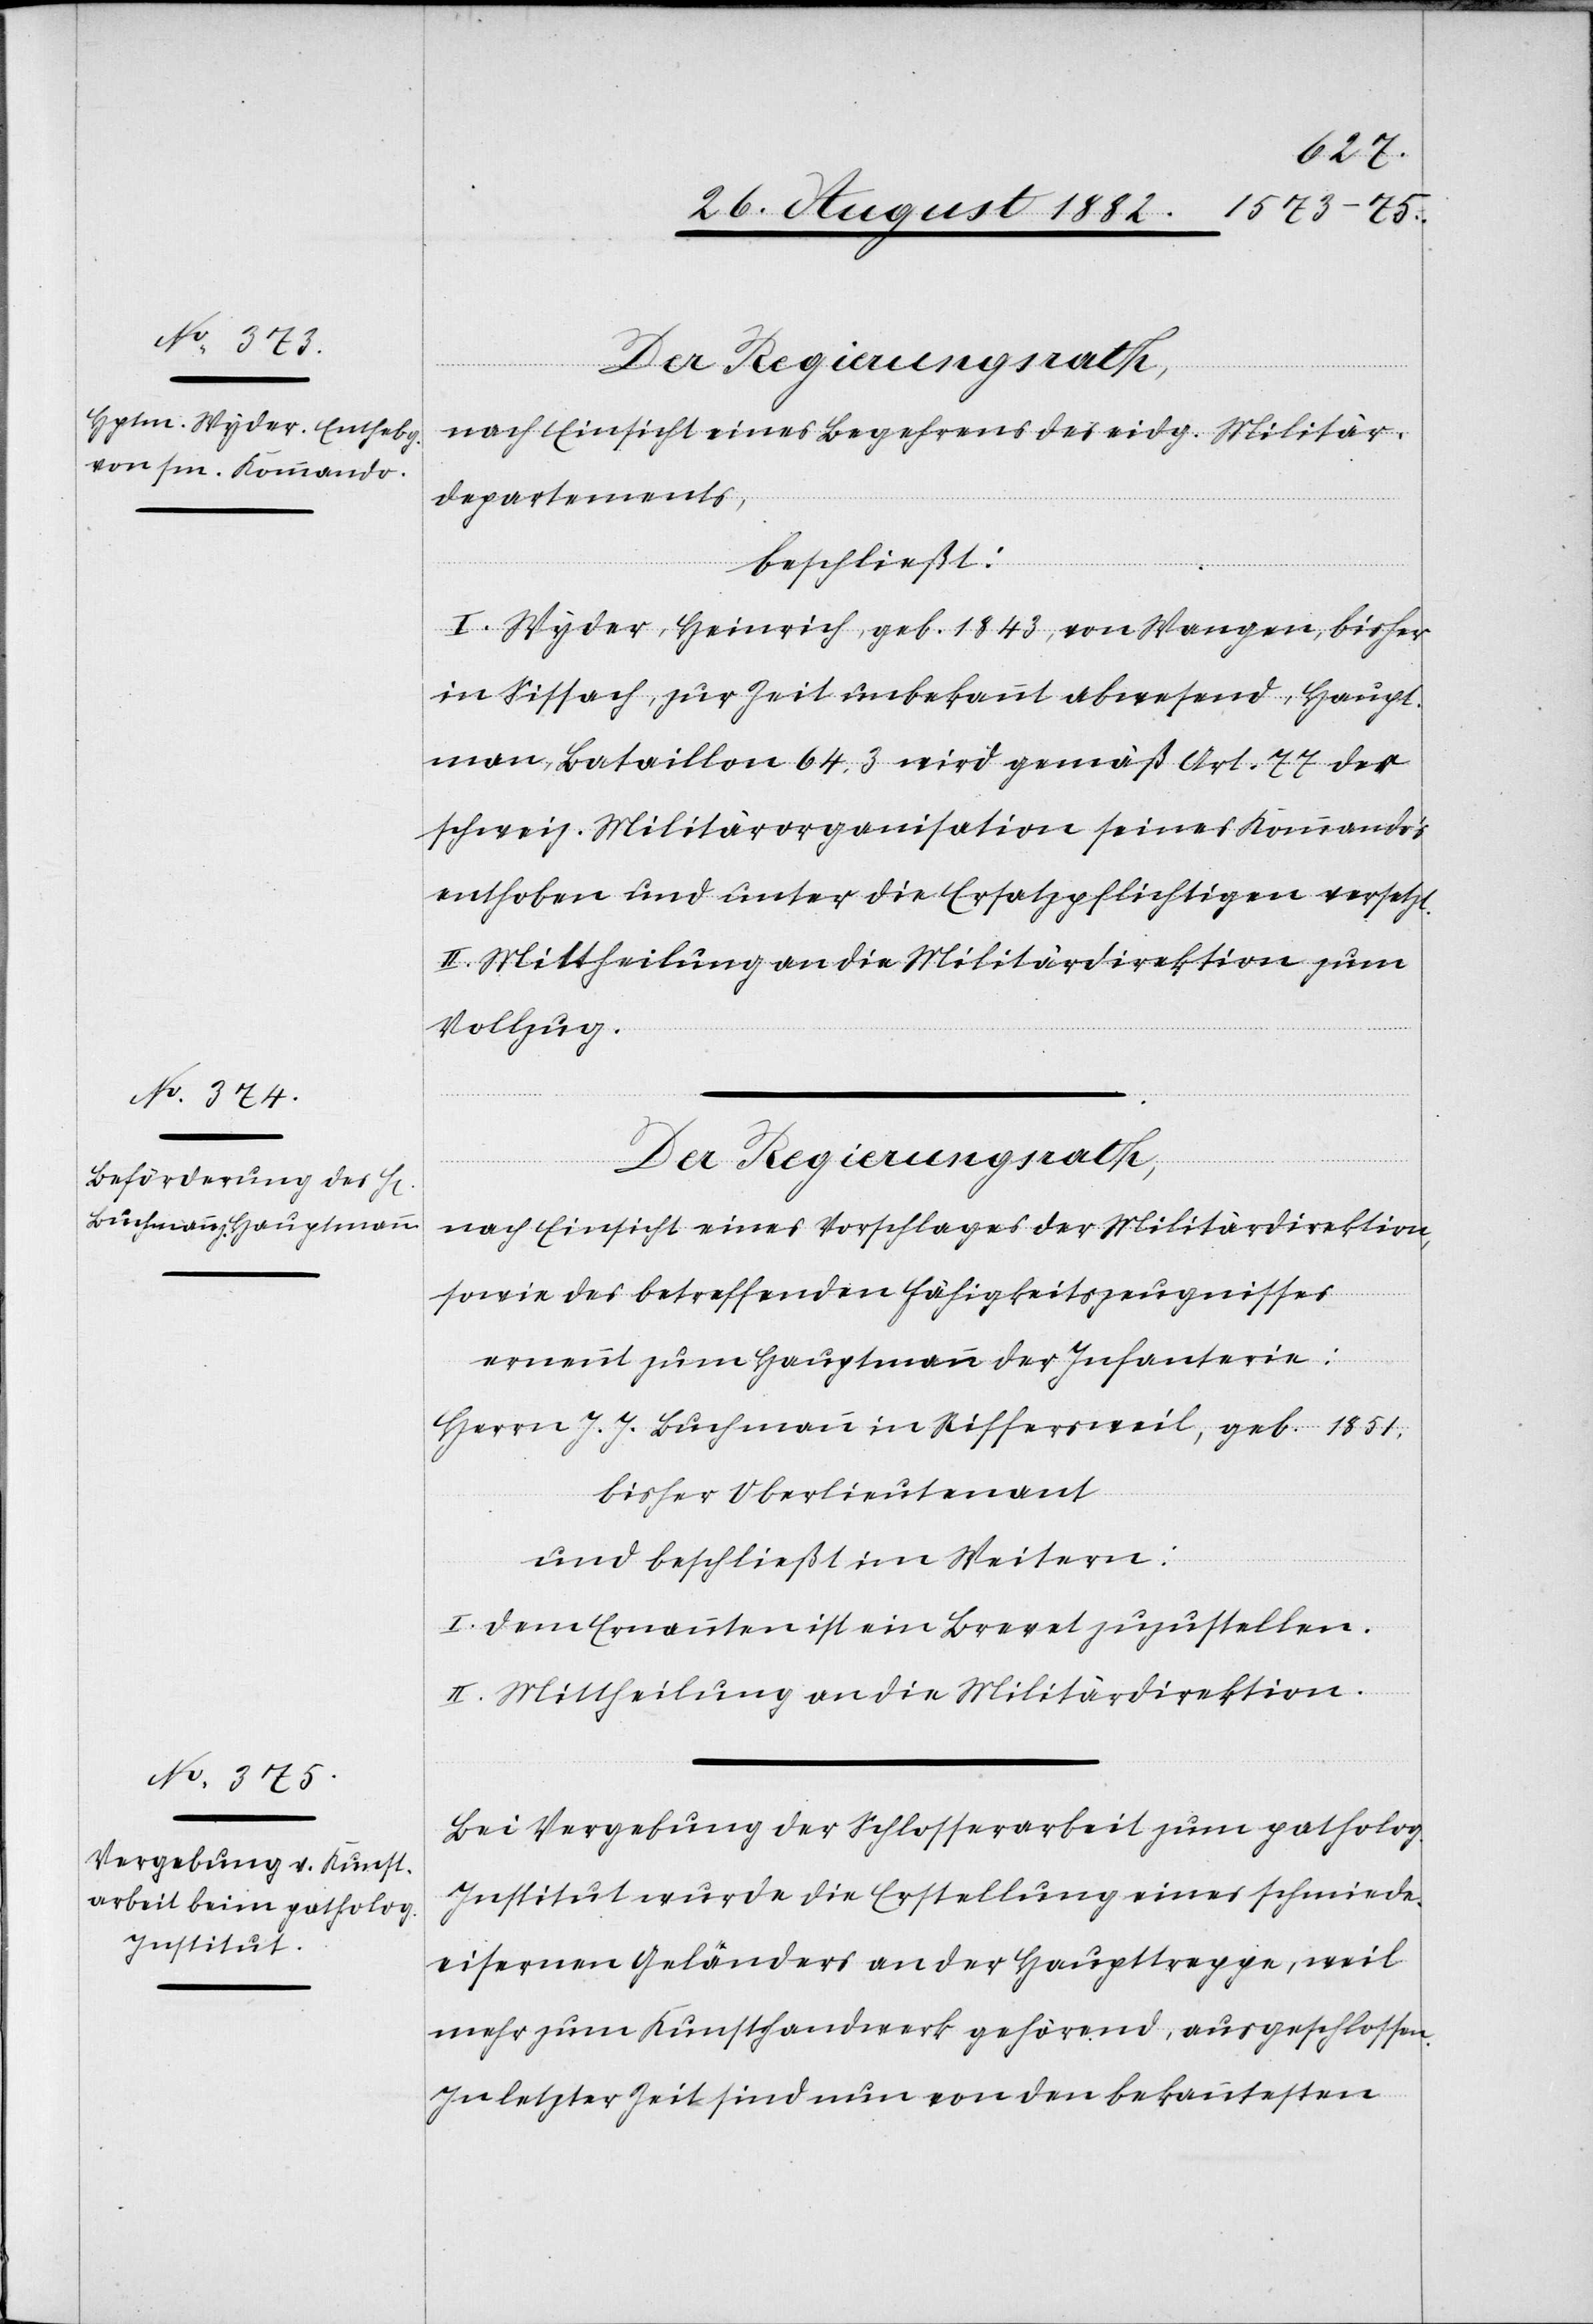
Der Regierungsrath,
nach Einsicht eines Begehrens des eidg. Militär¬
departements,
beschließt:
I. Wyder, Heinrich, geb. 1843, von Wangen, bisher
in Sissach, zur Zeit unbekannt abwesend, Haupt¬
mann, Bataillon 64.3 wird gemäß Art. 77 der
schweiz. Militärorganisation seines Kommandos
enthoben und unter die Ersatzpflichtigen versetzt.
II. Mittheilung an die Militärdirektion zum
Vollzug.
nach Einsicht eines Vorschlages der Militärdirektion,
sowie des betreffenden Fähigkeitszeugnisses,
ernennt zum Hauptmann der Infanterie:
Herrn J. J. Buchmann in Riffersweil, geb. 1851,
bisher Oberlieutenant
und beschließt im Weitern:
I. Dem Ernannten ist ein Brevet zuzustellen.
II. Mittheilung an die Militärdirektion.
Bei Vergebung der Schlosserarbeit zum patholog.
Institut wurde die Erstellung eines schmiede¬
eisernen Geländers an der Haupttreppe, weil
mehr zum Kunsthandwerk gehörend, ausgeschlossen.
In letzter Zeit sind nun von den bekanntesten